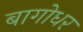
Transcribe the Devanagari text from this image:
बागोधर